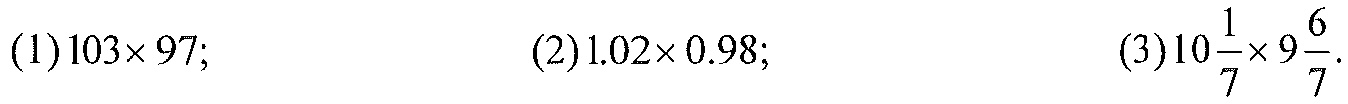
$(1)103\times97;\hspace{3cm}(2)1.02\times0.98;\hspace{3cm}(3)10\frac{1}{7}\times9\frac{6}{7}.$